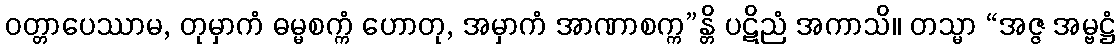
ဝတ္တာပေဿာမ, တုမှာကံ ဓမ္မစက္ကံ ဟောတု, အမှာကံ အာဏာစက္က”န္တိ ပဋိညံ အကာသိ။ တသ္မာ “အဇ္ဇ အမ္ဗဋ္ဌံ